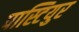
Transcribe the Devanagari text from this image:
पास्टियुर